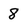
Character: 8